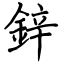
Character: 鋅